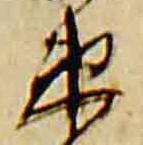
束